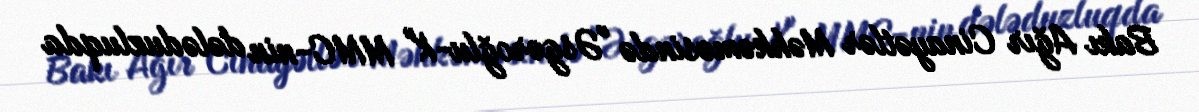
Bakı Ağır Cinayətlər Məhkəməsində "Əsgəroğlu-K" MMC-nin dələduzluqda